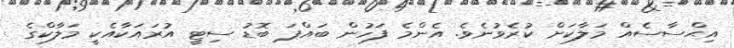
އިޙްސާސެއް މަލާކަށް ކުރެވުނެވެ. އެންމެ ފަހުން ބައްޕަ ބޮޑު ސިޓީ އުރައަކާއެކީ މަލާކްގެ